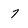
Character: 7